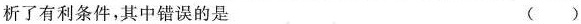
析了有利条件，其中错误的是 ()